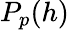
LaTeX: P_{p}(h)